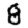
Digit: 8